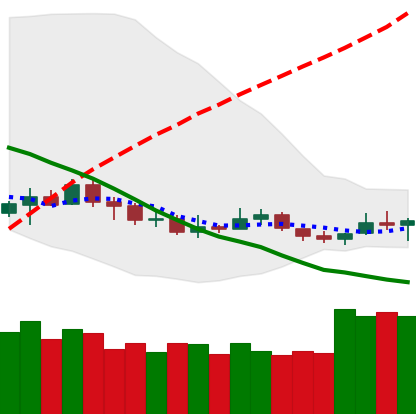
Ticker: NEO-USD
Chart end date: 2019-12-15
Forward return: -3.447%
Label: down_3_5